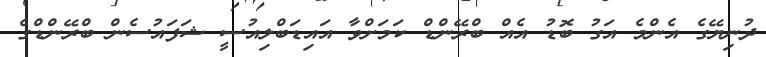
ދުނިޔޭގެ އެންމެ އަގު ބޮޑު އެއް ބްރޭންޑް ކަމަށްވާ އައިޑަބްލިއުސީ ޝަފައުސެން ބްރޭންޑްގެ